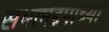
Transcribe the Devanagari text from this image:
सभामंडपांच्या